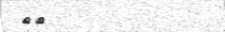
١٠